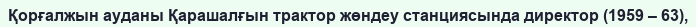
Қорғалжын ауданы Қарашалғын трактор жөндеу станциясында директор (1959 – 63),